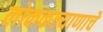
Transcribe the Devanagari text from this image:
लोककल्याणाचे